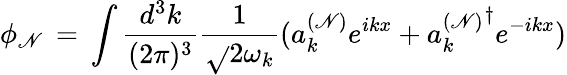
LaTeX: \phi_{\mathscr{N}}\, =\, \int\frac{{d^{3}k}}{{(2\pi)^{3}}}\frac{{1}}{{\sqrt{}{{2\omega_{k}}}}}(a_{k}^{(\mathscr{N})}e^{ikx}+{a_{k}^{(\mathscr{N})}}^{\dagger}e^{-ikx})